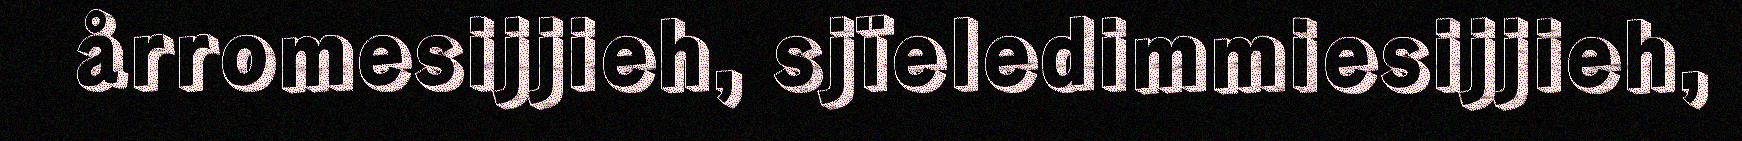
årromesijjieh, sjïeledimmiesijjieh,